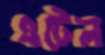
এটেল